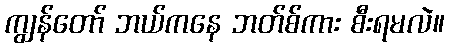
ကျွန်တော် ဘယ်ကနေ ဘတ်စ်ကား စီးရမလဲ။